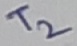
Text: T2